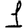
Digit: 1